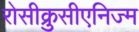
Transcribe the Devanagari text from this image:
रोसीक्रुसीएनिज्म